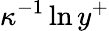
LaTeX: \kappa^{-1}\ln{y^{+}}